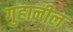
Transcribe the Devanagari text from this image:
गुहानील